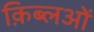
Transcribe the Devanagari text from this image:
क़िब्लओं